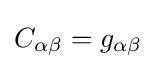
C_{\alpha \beta }=g_{\alpha \beta }